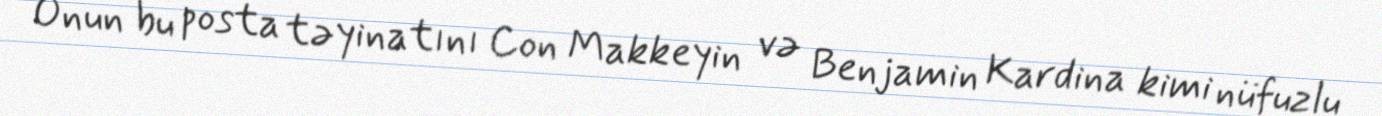
Onun bu posta təyinatını Con Makkeyin və Benjamin Kardina kimi nüfuzlu